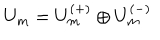
LaTeX: U _ { m } = U _ { m } ^ { ( + ) } \oplus U _ { m } ^ { ( - ) }